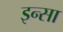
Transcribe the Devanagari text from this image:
इन्सा